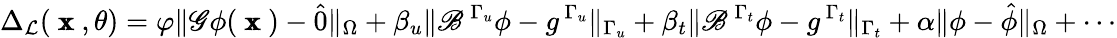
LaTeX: \Delta_{\mathcal{L}}(\mathrm{\pmb{~x~}},\theta)=\varphi\Vert\mathscr{G}\phi(\mathrm{\pmb{~x~}})-\hat{0}\Vert_{\Omega}+\beta_{u}\Vert\mathscr{B}^{\, \Gamma_{u}}\phi-g^{\, \Gamma_{u}}\Vert_{{\Gamma_{u}}}+\beta_{t}\Vert\mathscr{B}^{\, \Gamma_{t}}\phi-g^{\, \Gamma_{t}}\Vert_{{\Gamma_{t}}}+\alpha\Vert\phi-\hat{\phi}\Vert_{\Omega}+\cdots